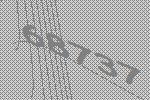
68737